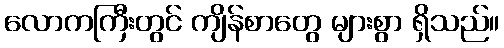
လောကကြီးတွင် ကျိန်စာတွေ များစွာ ရှိသည်။